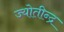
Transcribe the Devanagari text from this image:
ज्योतीन्द्र